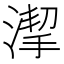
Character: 𱧯